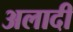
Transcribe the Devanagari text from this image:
अलादी